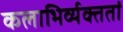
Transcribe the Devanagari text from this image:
कलाभिर्व्यक्ततां